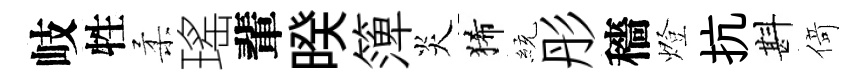
岐牲柔瑤輩暌𥱼炎狶統彤穡燈抗斟𠋣